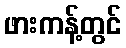
ဖားကန့်တွင်